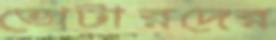
ভোটারদের